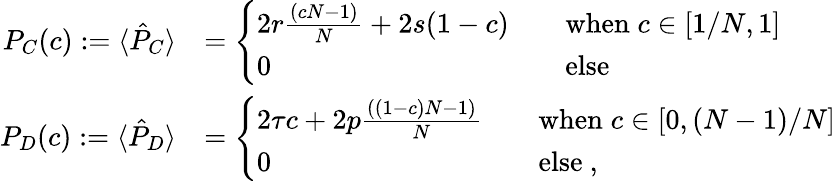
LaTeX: \begin{array}{rl}{P_{C}(c):=\langle\hat{P}_{C}\rangle}&{=\left\{ \begin{array}{ll}{2r\frac{(cN-1)}{N}+2s(1-c)\quad}&{\mathrm{when}\; c\in[1/N,1]}\\ {0}&{\mathrm{else}}\end{array}\right.}\\ {P_{D}(c):=\langle\hat{P}_{D}\rangle}&{=\left\{ \begin{array}{ll}{2\tau c+2p\frac{((1-c)N-1)}{N}\quad}&{\mathrm{when}\; c\in[0,(N-1)/N]}\\ {0}&{\mathrm{else}~,}\end{array}\right.}\end{array}